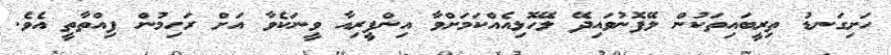
ހަށިގަނޑު ތިރީބައިތަކުން ލޭފޮނުވައިދޭ ލޭހޮޅިއެއްކަމަށްވާ އިންފީރިއާ ވީނަކެވާ އަށް ރަހިމުން ފިއްތާތީ އެވެ.